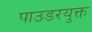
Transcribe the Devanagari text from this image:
पाउडरयुक्त